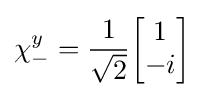
\chi _{-}^{y}={1 \over {\sqrt {2}}}{\begin{bmatrix}1\\-i\\\end{bmatrix}}